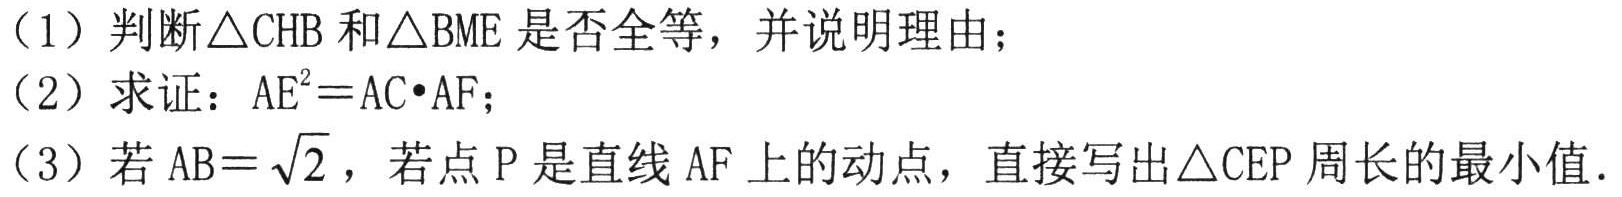
（1）判断\(\triangle CHB\)和\(\triangle BME\)是否全等，并说明理由；

（2）求证：\(AE^{2}=AC\cdot AF\)；

（3）若\(AB = \sqrt{2}\)，若点\(P\)是直线\(AF\)上的动点，直接写出\(\triangle CEP\)周长的最小值．